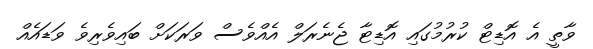
ވާތީ އެ އޮޑިޓް ކުރުމުގައި އޮޑިޓާ ޖެނެރަލް އެއްވެސް ވަރަކަށް ބައިވެރިވެ ވަޑައެއް